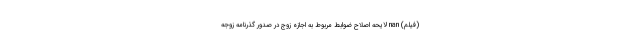
(فیلم) nan لایحه اصلاح ضوابط مربوط به اجازه زوج در صدور گذرنامه زوجه